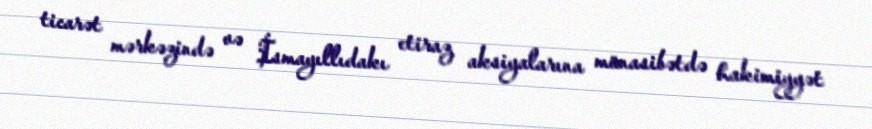
ticarət mərkəzində və İsmayıllıdakı etiraz aksiyalarına münasibətdə hakimiyyət